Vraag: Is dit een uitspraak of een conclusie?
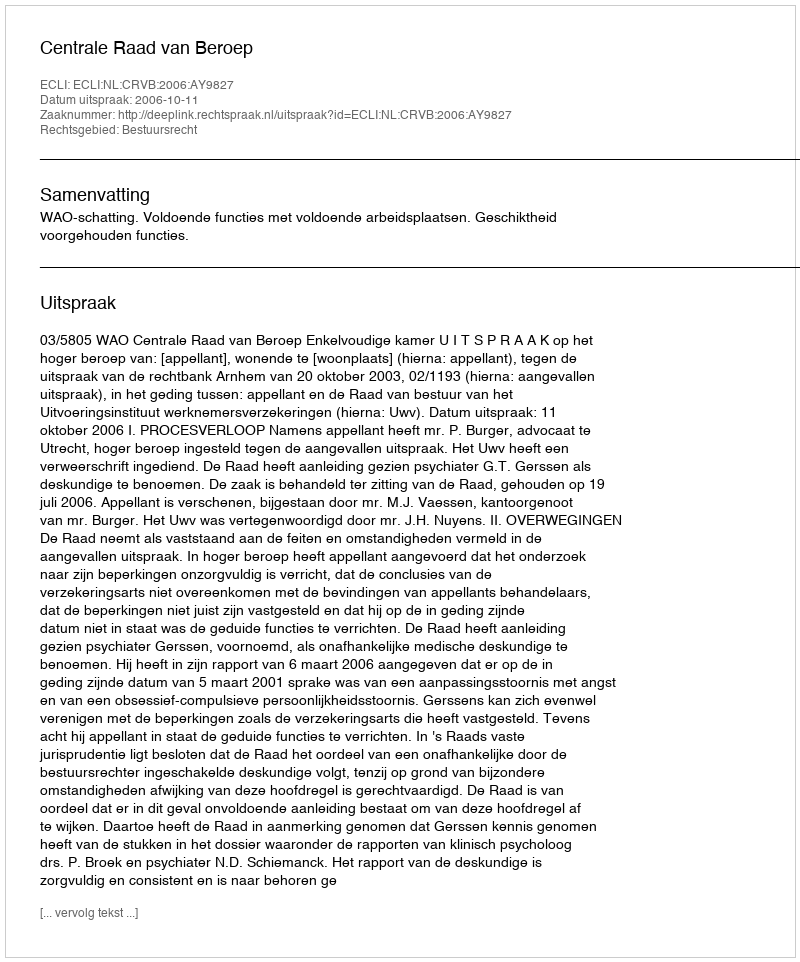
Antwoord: Uitspraak